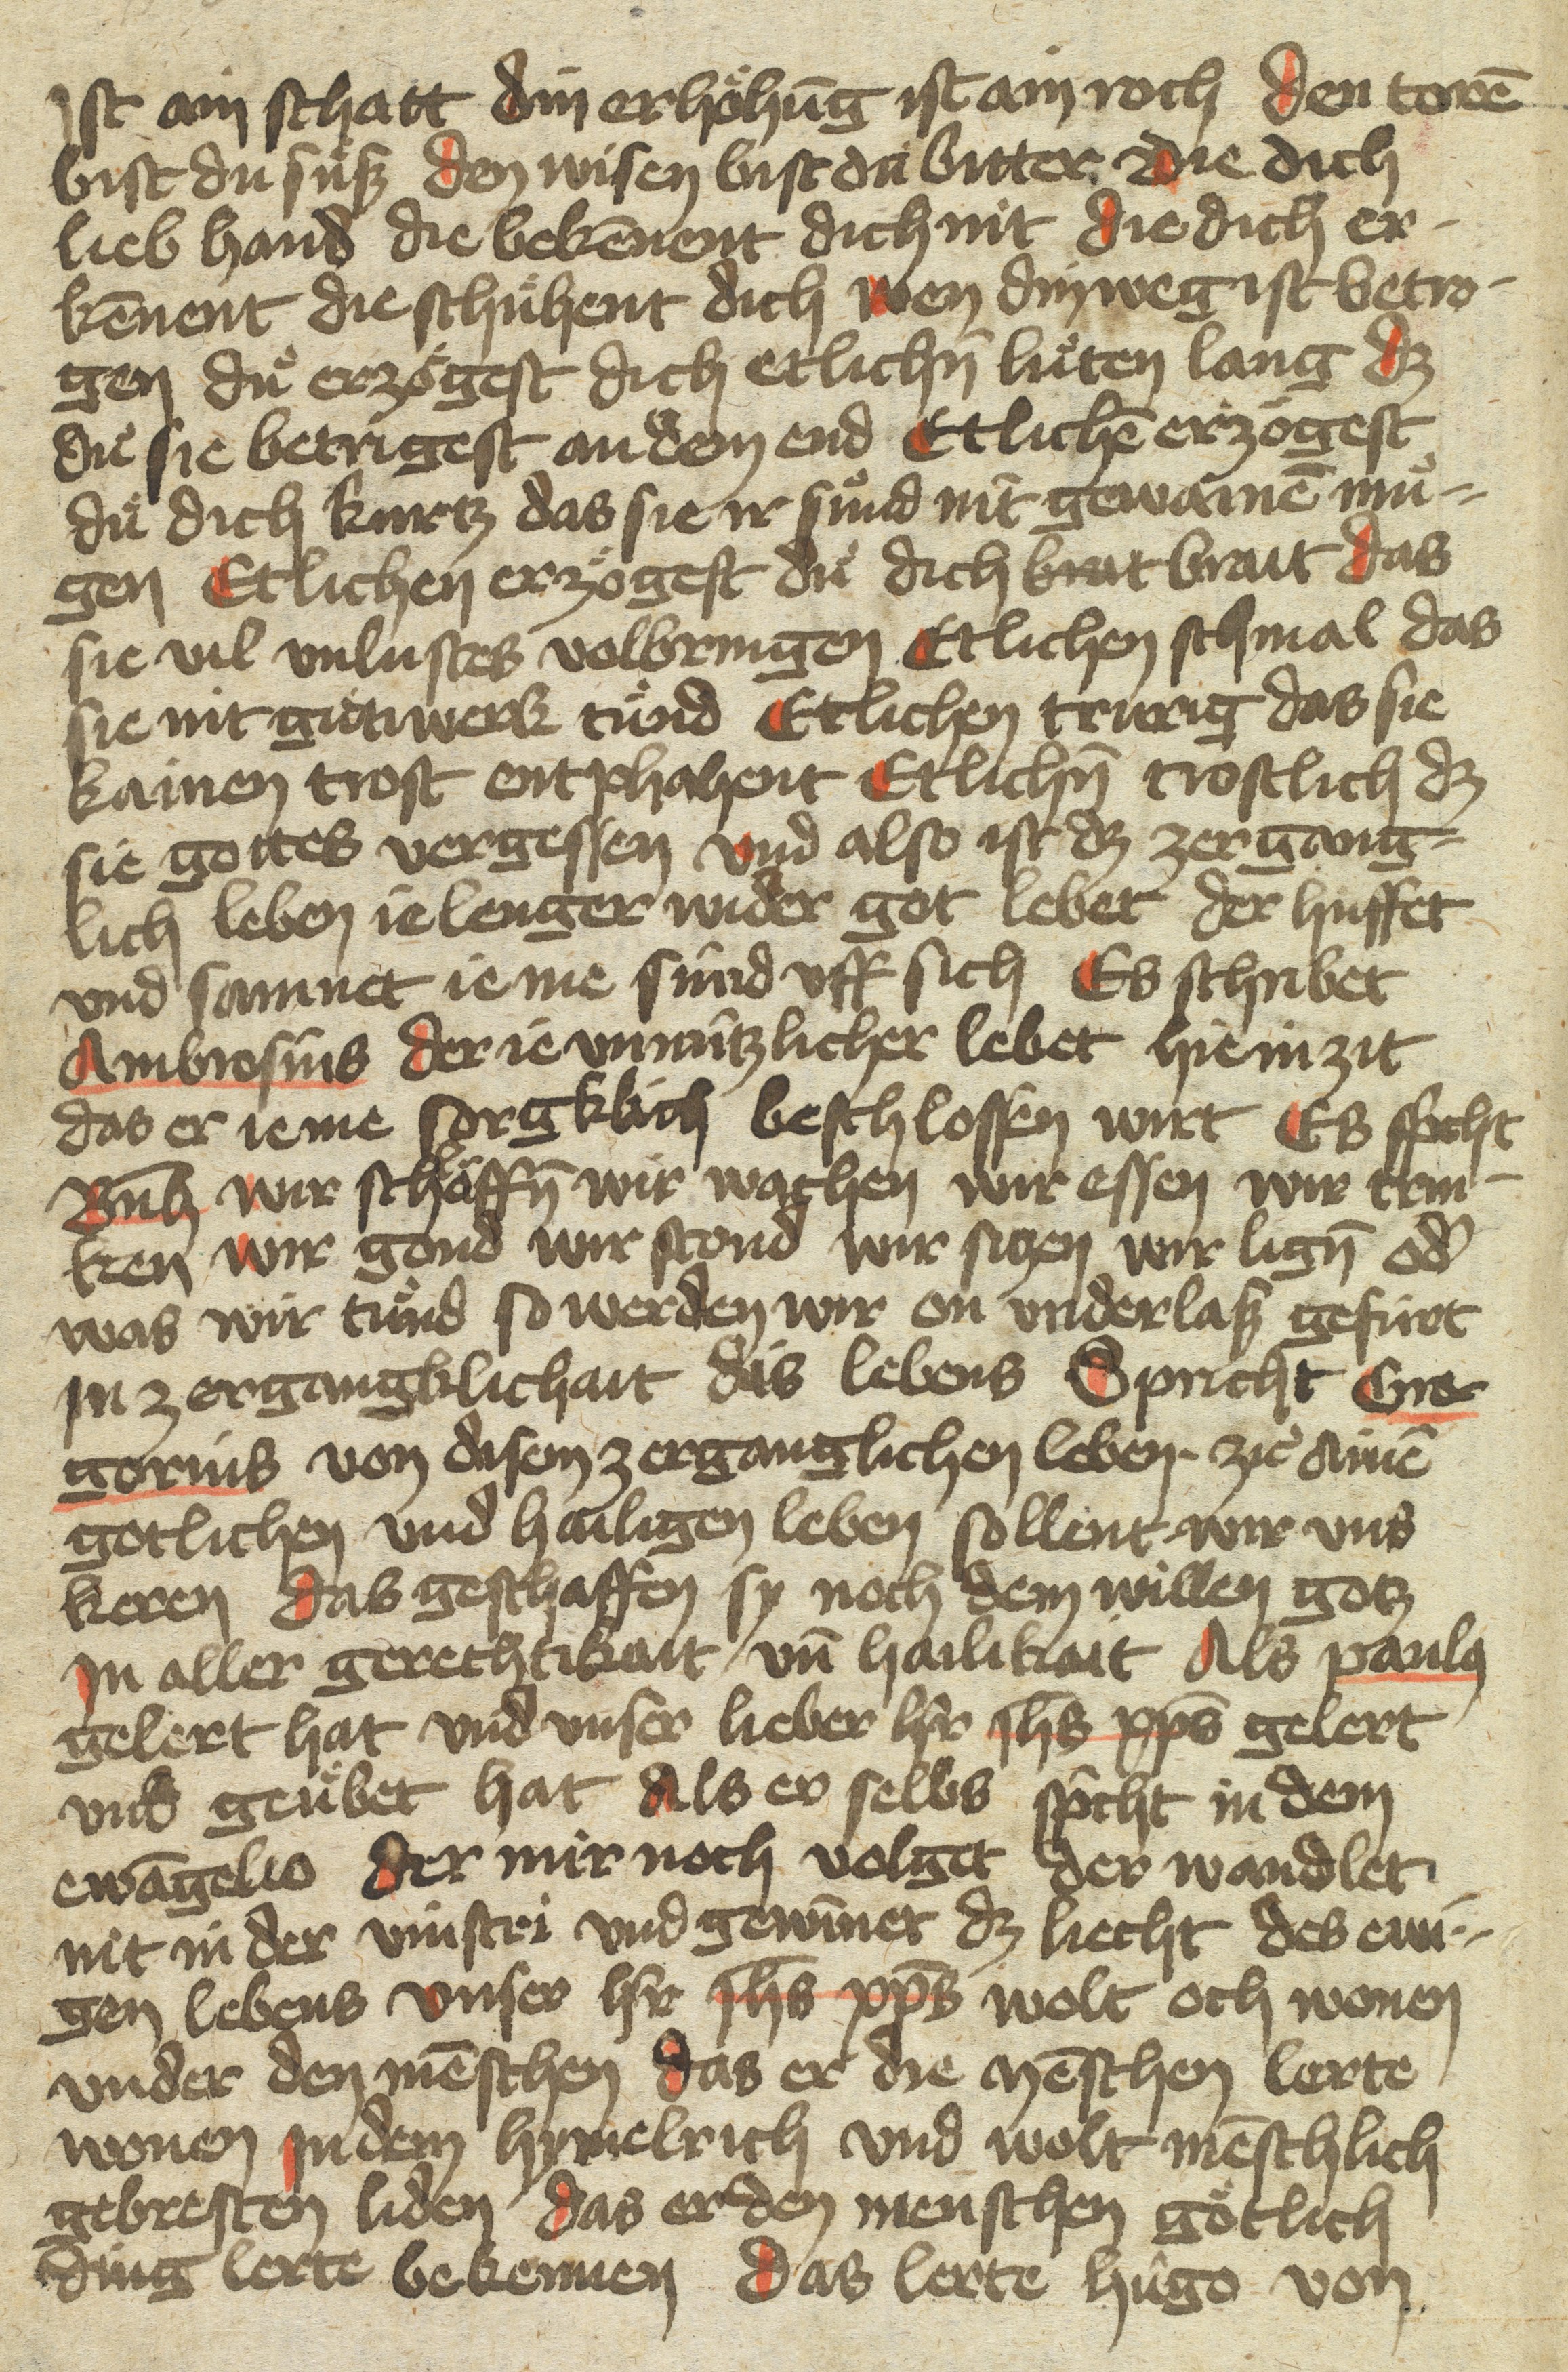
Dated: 1400–1499